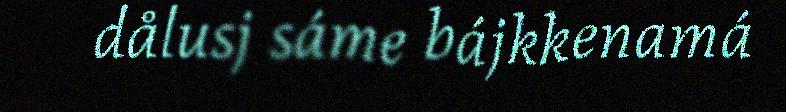
dålusj sáme bájkkenamá